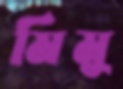
মিমু